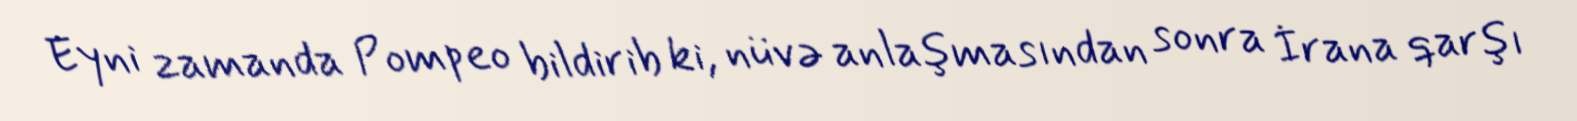
Eyni zamanda Pompeo bildirib ki, nüvə anlaşmasından sonra İrana qarşı